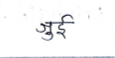
मजकूर: जुई